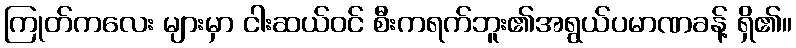
ကြုတ်ကလေး များမှာ ငါးဆယ်ဝင် စီးကရက်ဘူး၏အရွယ်ပမာဏခန့် ရှိ၏။